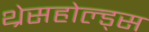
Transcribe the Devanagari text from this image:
थ्रेसहोल्ड्स